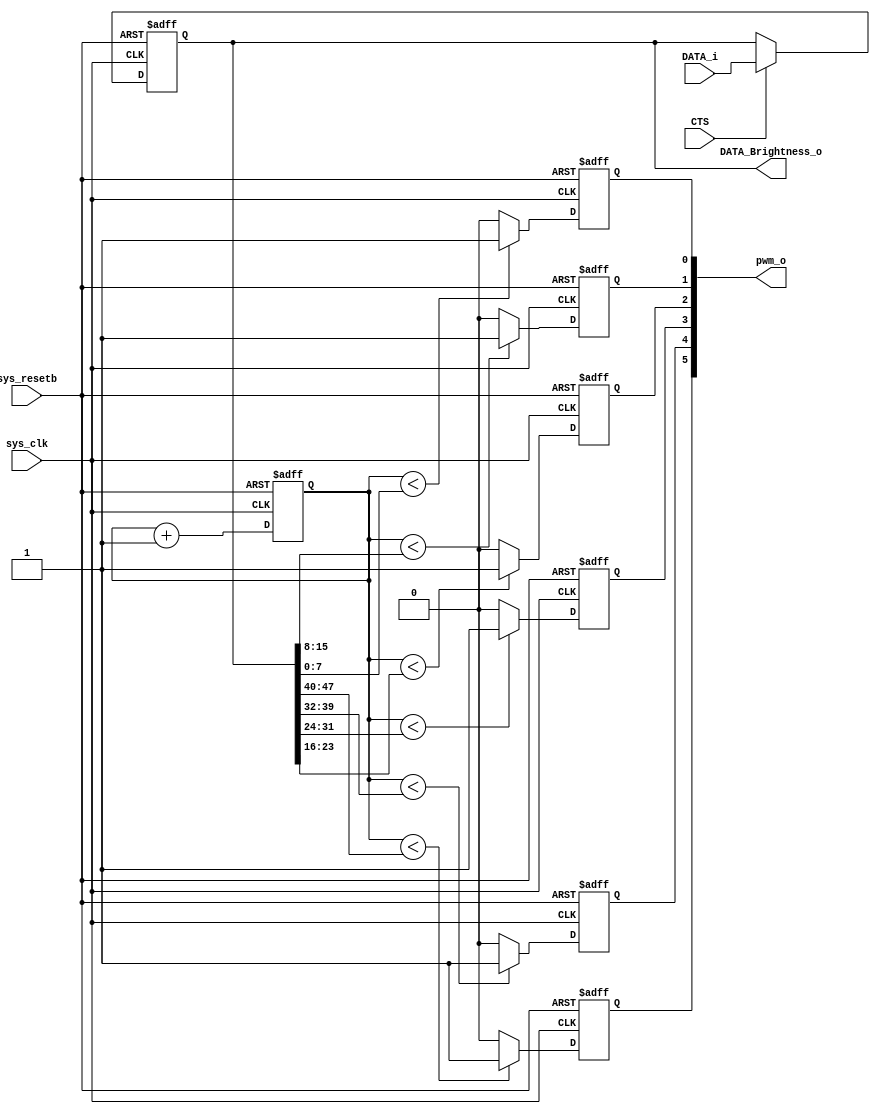
module Brightness_PWM(
    sys_clk,
    sys_resetb,

    DATA_i,

    CTS,

    DATA_Brightness_o,

    pwm_o
);
//------------input-----------
input                  sys_clk;
input                  sys_resetb;

input    [47:0]        DATA_i;
input                  CTS;
//------------output-----------
output  [5:0]           pwm_o;
output  [47:0]          DATA_Brightness_o;
//----------reg & wire-----------
reg     [47:0]          DATA_Brightness_o;
reg     [5:0]           pwm;
reg     [7:0]           PWM_COUNT;

wire    [5:0]           pwm_o;
//-------------------------------------------------
always @(posedge sys_clk or negedge sys_resetb) begin
    if (!sys_resetb) begin
        DATA_Brightness_o <= 48'b0;
    end
    else if(CTS) begin
        DATA_Brightness_o <= DATA_i;                    //CLEAR TO SEND
    end
    else begin
        DATA_Brightness_o <= DATA_Brightness_o;
    end
end

//------------------------PWM---------------------------
always@(posedge sys_clk or negedge sys_resetb) 
if(!sys_resetb)
    PWM_COUNT <= 8'b0;
else  begin
    PWM_COUNT <= PWM_COUNT + 1'b1;
end

//-----------------------Brightness-----------------------
always@(posedge sys_clk or negedge sys_resetb) begin
    if(!sys_resetb) begin
        pwm[5] <= 1'b0;
    end
    else if(PWM_COUNT < DATA_Brightness_o[47:40]) begin        //pwm
        pwm[5] <= 1'b1;
    end
    else begin
        pwm[5] <= 1'b0;
    end
end

always@(posedge sys_clk or negedge sys_resetb) begin
    if(!sys_resetb) begin
        pwm[4] <= 1'b0;
    end
    else if(PWM_COUNT < DATA_Brightness_o[39:32]) begin
        pwm[4] <= 1'b1;
    end
    else begin
        pwm[4] <= 1'b0;
    end
end

always@(posedge sys_clk or negedge sys_resetb) begin
    if(!sys_resetb) begin
        pwm[3] <= 1'b0;
    end
    else if(PWM_COUNT < DATA_Brightness_o[31:24]) begin
        pwm[3] <= 1'b1;
    end
    else begin
        pwm[3] <= 1'b0;
    end
end

always@(posedge sys_clk or negedge sys_resetb) begin
    if(!sys_resetb) begin
        pwm[2] <= 1'b0;
    end
    else if(PWM_COUNT < DATA_Brightness_o[23:16]) begin
        pwm[2] <= 1'b1;
    end
    else begin
        pwm[2] <= 1'b0;
    end
end

always@(posedge sys_clk or negedge sys_resetb) begin
    if(!sys_resetb) begin
        pwm[1] <= 1'b0;
    end
    else if(PWM_COUNT < DATA_Brightness_o[15:8]) begin
        pwm[1] <= 1'b1;
    end
    else begin
        pwm[1] <= 1'b0;
    end
end

always@(posedge sys_clk or negedge sys_resetb) begin
    if(!sys_resetb) begin
        pwm[0] <= 1'b0;
    end
    else if(PWM_COUNT < DATA_Brightness_o[7:0]) begin
        pwm[0] <= 1'b1;
    end
    else begin
        pwm[0] <= 1'b0;
    end
end

assign pwm_o = {pwm[5],pwm[4],pwm[3],pwm[2],pwm[1],pwm[0]};
endmodule